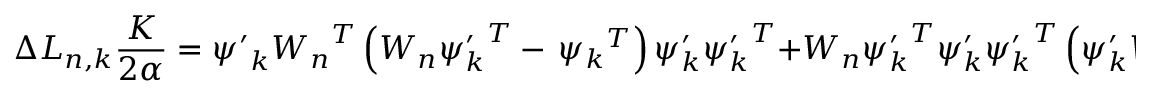
\Delta L _ { n , k } \frac { K } { 2 \alpha } = { \psi ^ { \prime } } _ { k } { W _ { n } } ^ { T } \left( { W _ { n } } { \psi _ { k } ^ { \prime } } ^ { T } - \, { \psi _ { k } } ^ { T } \right) { \psi _ { k } ^ { \prime } } { \psi _ { k } ^ { \prime } } ^ { T } + { W _ { n } } { \psi _ { k } ^ { \prime } } ^ { T } { \psi _ { k } ^ { \prime } } { \psi _ { k } ^ { \prime } } ^ { T } \left( { \psi _ { k } ^ { \prime } } { W _ { n } } ^ { T } - { \psi _ { k } } \right) ,